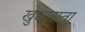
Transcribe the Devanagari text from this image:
खुजलाता